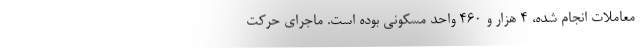
معاملات انجام شده، ۴ هزار و ۴۶۰ واحد مسکونی بوده است. ماجرای حرکت